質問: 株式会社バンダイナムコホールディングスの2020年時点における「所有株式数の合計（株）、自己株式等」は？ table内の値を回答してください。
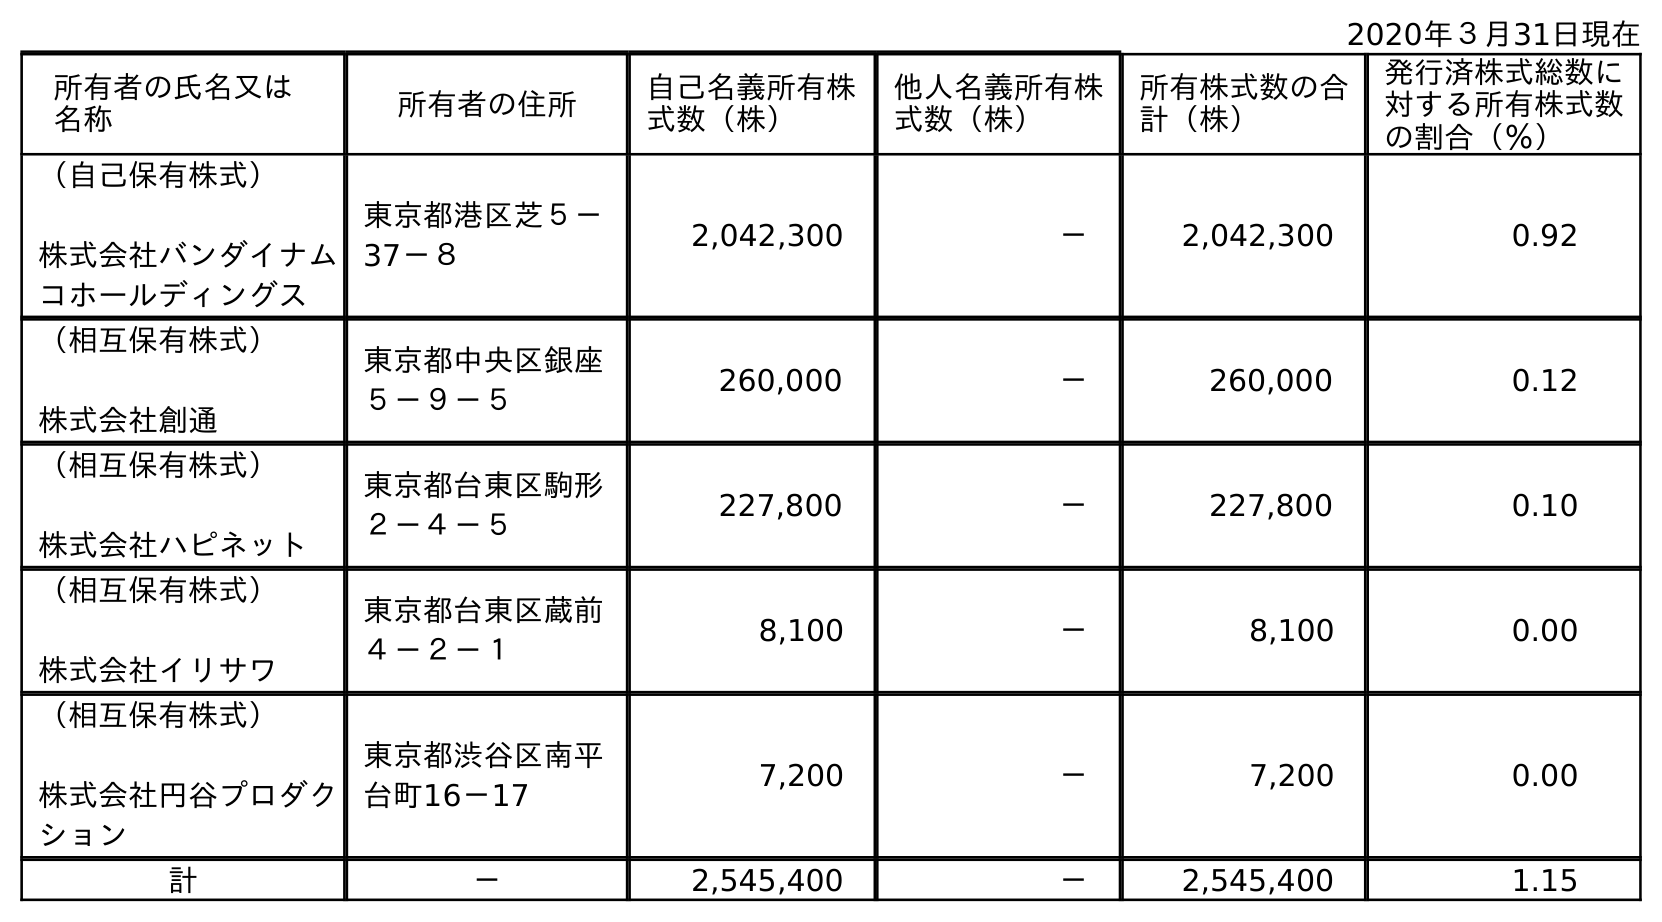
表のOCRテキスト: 2020年３月31日現在 所有者の氏名又は 名称 所有者の住所 自己名義所有株 式数（株） 他人名義所有株 式数（株） 所有株式数の合 計（株） 発行済株式総数に 対する所有株式数 の割合（％） （自己保有株式） 株式会社バンダイナム コホールディングス 東京都港区芝５－ 37－８ 2,042,300 － 2,042,300 0.92 （相互保有株式） 株式会社創通 東京都中央区銀座 ５－９－５ 260,000 － 260,000 0.12 （相互保有株式） 株式会社ハピネット 東京都台東区駒形 ２－４－５ 227,800 － 227,800 0.10 （相互保有株式） 株式会社イリサワ 東京都台東区蔵前 ４－２－１ 8,100 － 8,100 0.00 （相互保有株式） 株式会社円谷プロダク ション 東京都渋谷区南平 台町16－17 7,200 － 7,200 0.00 計 － 2,545,400 － 2,545,400 1.15
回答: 2,545,400